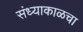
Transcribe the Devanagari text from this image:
संध्याकाळचा